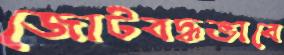
জোটবদ্ধভাবে